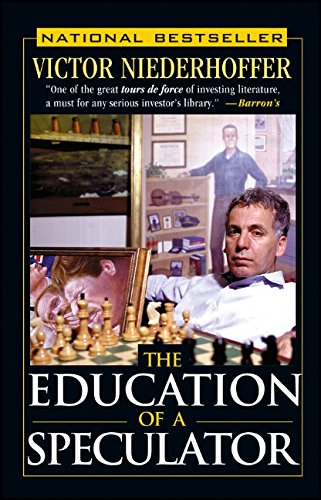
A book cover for The Education of a Speculator; Victor Niederhoffer; Business & Money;